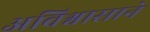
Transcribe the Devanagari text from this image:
अविश्वासाने